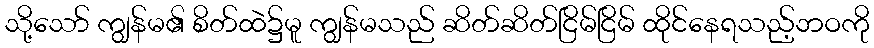
သို့သော် ကျွန်မ၏ စိတ်ထဲ၌မူ ကျွန်မသည် ဆိတ်ဆိတ်ငြိမ်ငြိမ် ထိုင်နေရသည့်ဘဝကို